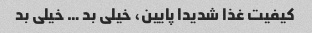
کیفیت غذا شدیدا پایین، خیلی بد … خیلی بد